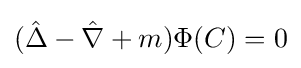
({\hat {\Delta }}-{\hat {\nabla }}+m)\Phi (C)=0